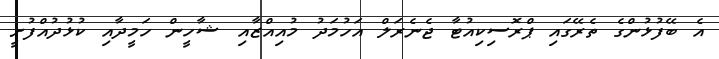
އެ ބޭފުޅުންގެ ތެރޭގައި ޕްރޮސިކިއުޓާ ޖެނެރަލް އަހުމަދު މުއިއްޒާއި ޝާހީން ހަމީދާއި ކުޅުދުއްފުށީ